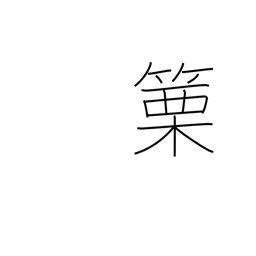
Meaning: horn